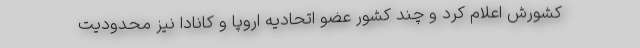
کشورش اعلام کرد و چند کشور عضو اتحادیه اروپا و کانادا نیز محدودیت